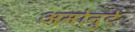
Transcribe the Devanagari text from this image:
अमोनुटे